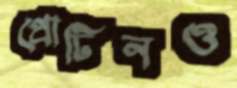
প্রোটিনও